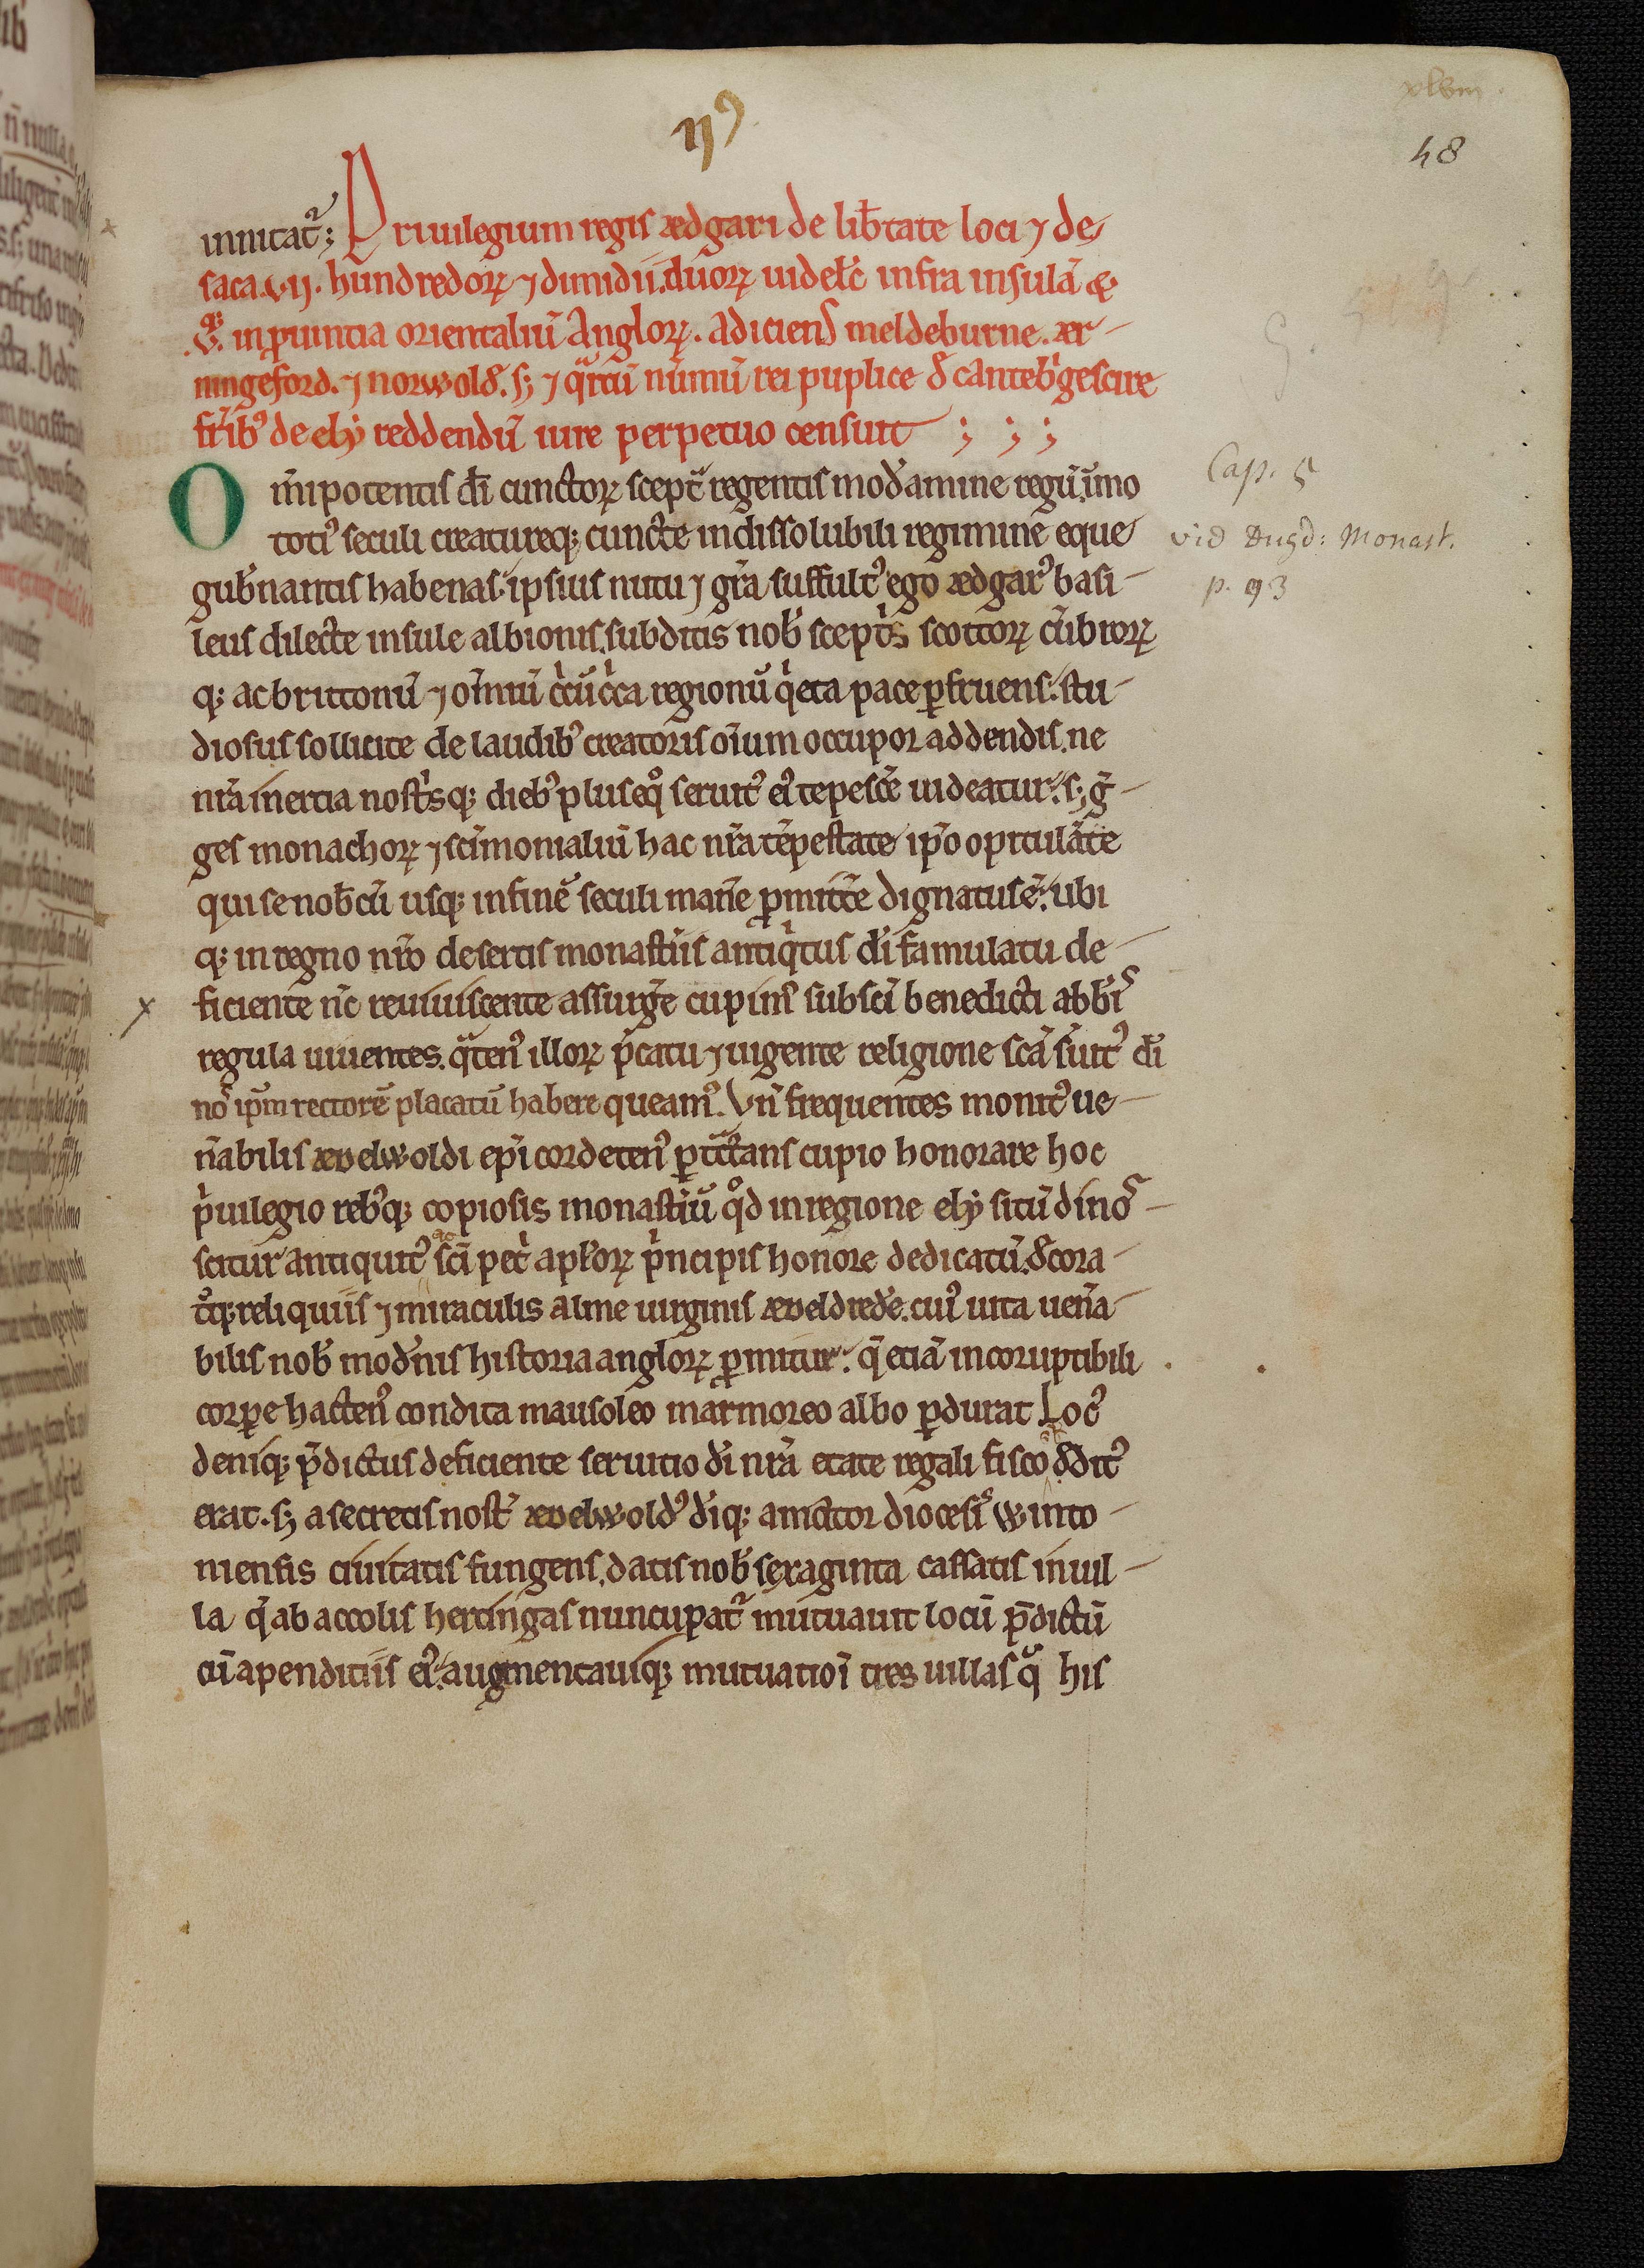
Shelfmark: Cambridge, Trinity College, O.2.1
Century: 12